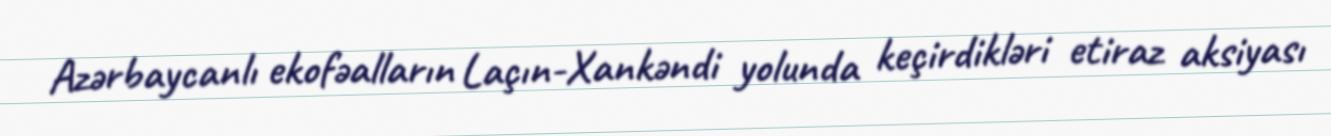
Azərbaycanlı ekofəalların Laçın-Xankəndi yolunda keçirdikləri etiraz aksiyası